system: You are a helpful assistant.
user:
Analyze the provided spectrum to determine if it is a **Carbon Star (C-type)**.

- **Key Visual Indicators of Carbon Star:**
    - **(Primary):** Strong molecular absorption from **C₂ (diatomic carbon) "Swan Bands."** This is the **defining feature** of a carbon star.
        - **(Key Bandheads):** Sharp absorption edges are visible at approximately $5635$ Å, $5165$ Å (the strongest band), and $4737$ Å.
        - **(Line Profile):** Creates a distinct **"saw-tooth"** pattern. The key morphology is a sharp, steep bandhead on the **red (long-wavelength) side**, which then gradually tapers off (i.e., flux recovers) towards the **blue (short-wavelength) side**. *(This is the direct opposite of the TiO bands seen in M-type stars)*.

    - **(Secondary):** Intense **CN (cyanogen)** molecular absorption bands.
        - **(Key Bandheads):** Located in the blue and violet regions of the spectrum (e.g., near $4215$ Å and $3883$ Å).
        - **(Morphology):** These bands are extremely broad and act as a "blanket," absorbing the vast majority of blue and violet light. This creates a characteristic **"cliff"** or **"steep drop-off"** in the spectrum's flux at short wavelengths.

    - **(Key Confirmation):** Strong **CH absorption band (G-band)**.
        - **(Key Bandhead):** Located around $4300$ Å. The contribution from CH molecules to this band is exceptionally strong.

    - **(Overall Spectrum):**
        - The continuum is severely "chopped up" by these deep molecular bands, especially C₂, rather than appearing as a smooth curve.
        - Due to the heavy CN and C₂ absorption in the blue-green, the vast majority of the star's flux is concentrated in the red part of the spectrum, giving the star its characteristic deep red color.

Think first, call **spectral_visualization_tool** if needed to examine features in detail, then provide your final answer. Your response must adhere to the following strict rules:
1.  **Overall Structure:** Your response must follow the format `<think>...</think> <tool_call>...</tool_call> (if a tool is used) <answer>...</answer>`.
2.  **Tool Usage Constraint:** You may only make **one** tool call per turn.
3.  **Final Answer Format:** In the `<answer>` tag, your conclusion must be inside a `\boxed{}` command (e.g., `\boxed{YES}`), followed by your justification.

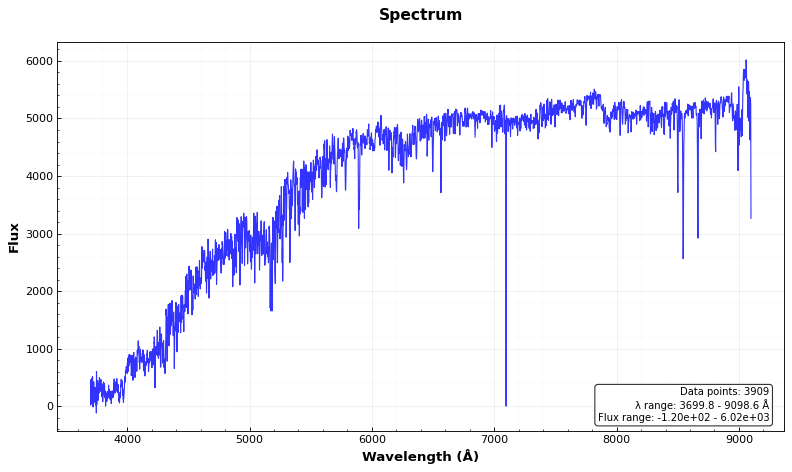
Answer: NO